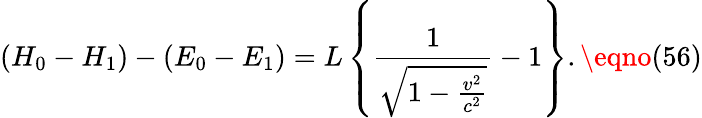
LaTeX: (H_{0}-H_{1})-(E_{0}-E_{1})=L\left\{ \frac{1}{\sqrt{1-\frac{v^{2}}{c^{2}}}}-1\right\} .\eqno(56)